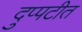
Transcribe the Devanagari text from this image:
दुप्पटीत